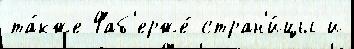
та́кже Фаб'ерже́ стран'и́цы и